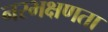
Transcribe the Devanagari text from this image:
नरभक्षणता